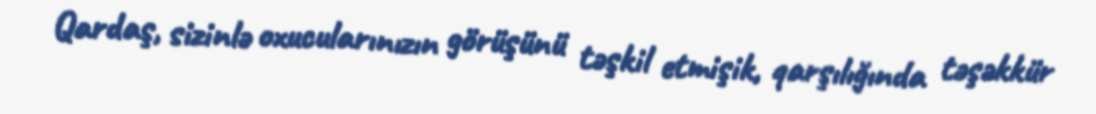
Qardaş, sizinlə oxucularınızın görüşünü təşkil etmişik, qarşılığında təşəkkür